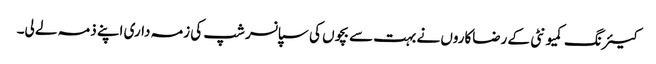
کیئرنگ کمیونٹی کے رضاکاروں نے بہت سے بچوں کی سپانسر شپ کی زمہ داری اپنے ذمہ لے لی۔